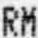
RM